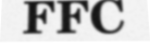
FFC